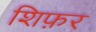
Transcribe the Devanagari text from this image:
शिफ़र